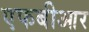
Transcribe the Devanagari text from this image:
एफबीआर